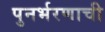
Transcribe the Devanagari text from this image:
पुनर्भरणाची